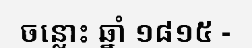
ចន្លោះ ឆ្នាំ ១៨១៥ -